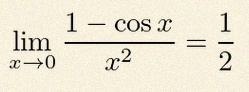
\lim_{x\to0}\frac{1-\cos x}{x^2}=\frac12